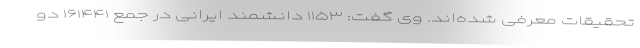
تحقیقات معرفی شده‌اند. وی گفت: ۱۱۵۳ دانشمند ایرانی در جمع ۱۶۱۴۴۱ دو